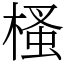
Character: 㮻